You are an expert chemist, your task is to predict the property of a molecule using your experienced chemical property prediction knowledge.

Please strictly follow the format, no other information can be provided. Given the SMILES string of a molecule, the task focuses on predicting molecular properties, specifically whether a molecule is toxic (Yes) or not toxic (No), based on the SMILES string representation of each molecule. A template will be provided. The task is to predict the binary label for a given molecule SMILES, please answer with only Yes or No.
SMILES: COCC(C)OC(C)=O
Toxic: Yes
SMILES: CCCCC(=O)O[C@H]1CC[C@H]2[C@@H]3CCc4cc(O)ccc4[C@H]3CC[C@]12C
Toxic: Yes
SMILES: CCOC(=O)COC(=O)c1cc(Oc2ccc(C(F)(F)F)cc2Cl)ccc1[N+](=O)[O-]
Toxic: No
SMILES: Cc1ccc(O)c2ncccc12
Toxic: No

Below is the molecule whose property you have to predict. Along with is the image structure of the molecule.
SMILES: CCCC[n+]1cccc(C)c1.O=S(=O)([O-])C(F)(F)F
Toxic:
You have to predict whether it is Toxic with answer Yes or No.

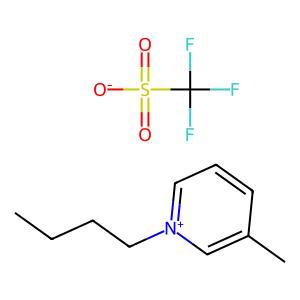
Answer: No